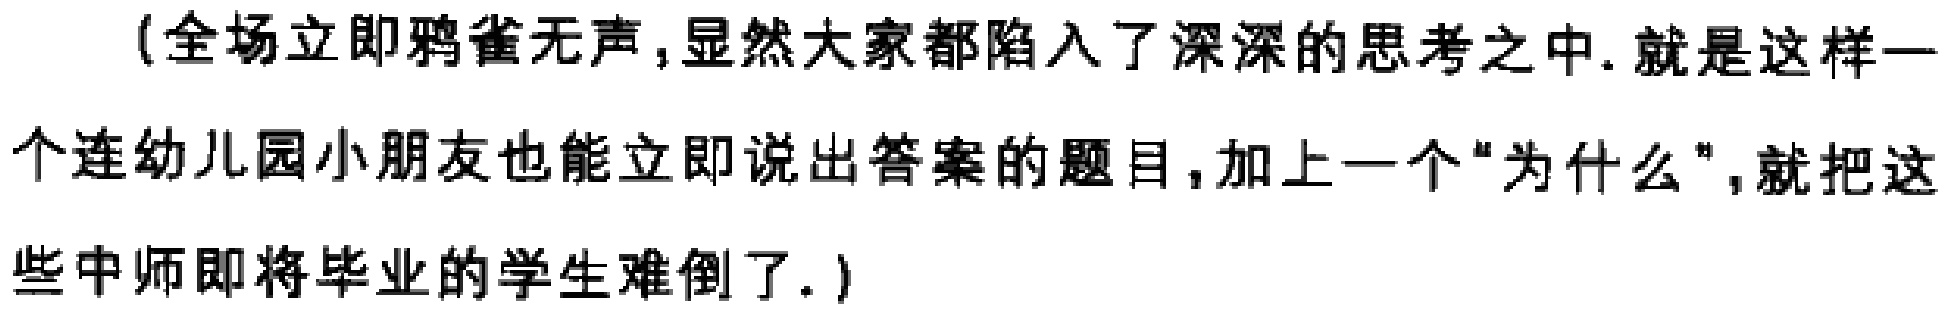
（全场立即鸦雀无声,显然大家都陷入了深深的思考之中. 就是这样一个连幼儿园小朋友也能立即说出答案的题目,加上一个“为什么”,就把这些中师即将毕业的学生难倒了.）